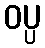
ဝပ္ပ